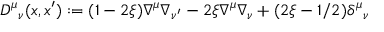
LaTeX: { \cal D } ^ { \mu } { } _ { \nu } ( x , x ^ { \prime } ) : = ( 1 - 2 \xi ) \nabla ^ { \mu } \nabla _ { \nu ^ { \prime } } - 2 \xi \nabla ^ { \mu } \nabla _ { \nu } + ( 2 \xi - 1 / 2 ) \delta ^ { \mu } { } _ { \nu }